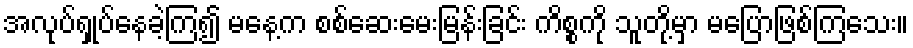
အလုပ်ရှုပ်နေခဲ့ကြ၍ မနေ့က စစ်ဆေးမေးမြန်းခြင်း ကိစ္စကို သူတို့မှာ မပြောဖြစ်ကြသေး။